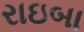
રાઇબા